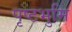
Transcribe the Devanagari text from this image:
पृष्टभुमि